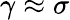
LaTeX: \gamma\approx\sigma